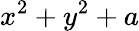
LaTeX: x^{2}+y^{2}+a